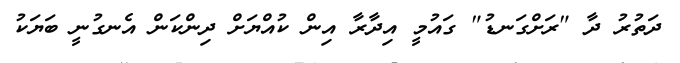
ދަތުރު ދާ "ރަށްގަނޑު" ގައުމީ އިދާރާ އިން ކުއްޔަށް ދިންކަން އެނގުނީ ބަޔަކު